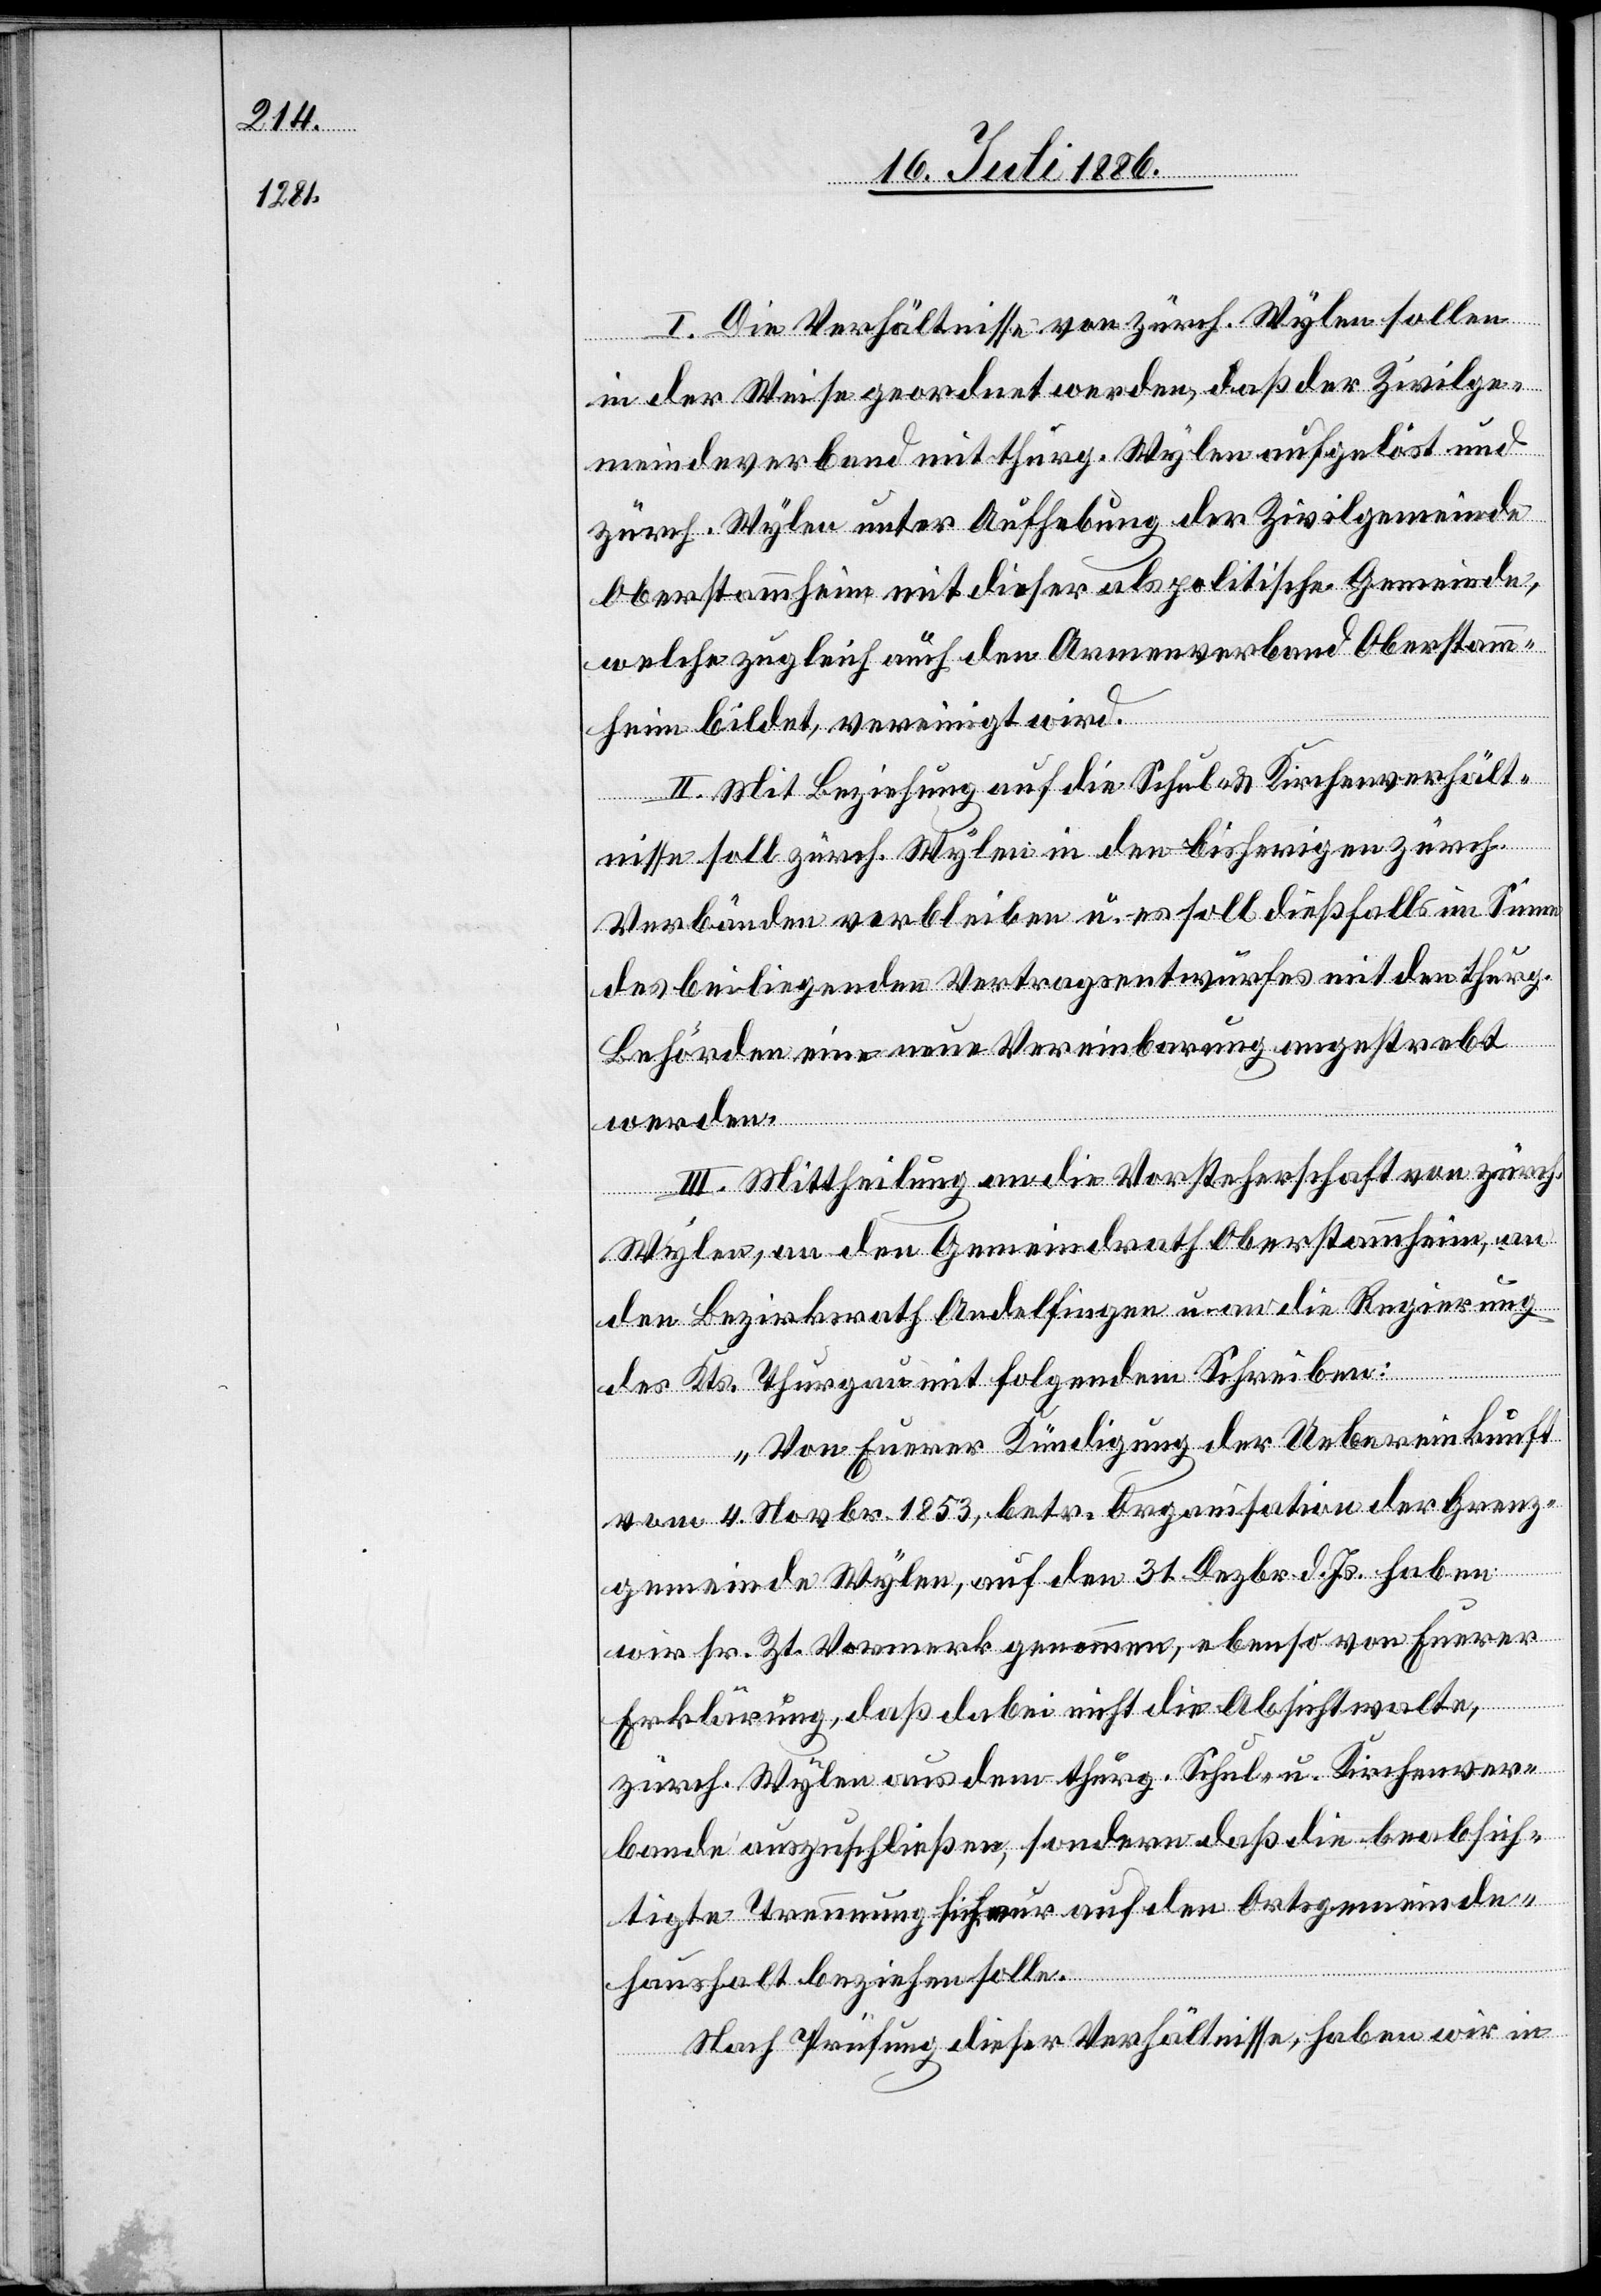
I. Die Verhältnisse von zürch. Wylen sollen
in der Weise geordnet werden, daß der Zivilge¬
meindeverband mit thur. Wylen ausgelöst und
zürch. Wylen unter Aufgebung der Zivilgemeinde
Oberstammheim mit dieser als politische Gemeinde,
welche zugleich auch den Armenverband Oberstamm¬
heim bildet, vereinigt wird.
II. Mit Beziehung auf die Schul- & Kirchenverhält¬
nisse soll zürch. Wylen in den bisherigen zürch.
Verbänden verbleiben u. es soll dießfalls im Sinne
des beiliegenden Vertragsentwurfes mit den thurg.
Behörden eine neue Vereinbarung angestrebt
werden.
III. Mittheilung an die Vorsteherschaft von zürch.
Wylen, an den Gemeindrath Oberstammheim, an
den Bezirksrath Andelfingen u. an die Regierung
des Kts. Thurgau mit folgendem Schreiben:
„Von Euerer Kündigung der Uebereinkunft
vom 4. Novbr. 1853, betr. Organisation der Grenz¬
gemeinde Wylen, auf den 31. Dezbr. d. Js. haben
wir sr. Zt. Vormerk genommen, ebenso von Euerer
Erklärung, daß dabei nicht die Absicht walte,
zürch. Wylen aus dem thurg. Schul- u. Kirchenver¬
bande auszuschließen, sondern daß die beabsich¬
tigte Trennung sich nur auf den Ortsgemeinde¬
haushalt beziehen solle.
Nach Prüfung dieser Verhältnisse, haben wir in